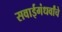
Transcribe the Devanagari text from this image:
सवाईगंधर्वांचे